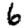
Digit: 6